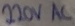
Text: 220V AC